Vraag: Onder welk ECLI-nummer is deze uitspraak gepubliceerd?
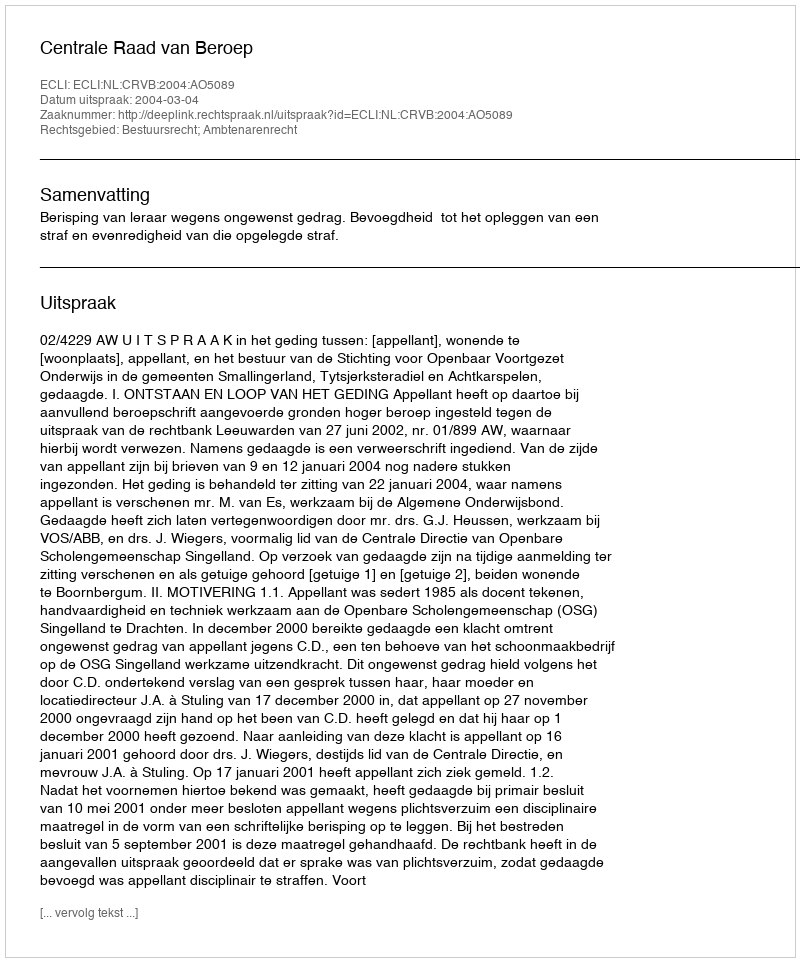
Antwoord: ECLI:NL:CRVB:2004:AO5089